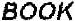
BOOK